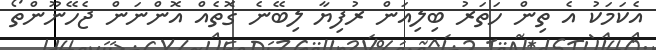
އެކަމަކު އެ ތިން ހަތަރު ބިލިއަން ރުފިޔާ ލިބޭނެ ގޮތެއް އޮންނަން ޖެހޭނޫންތޯ